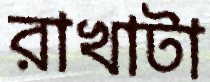
রাখাটা